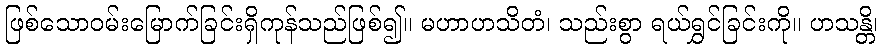
ဖြစ်သောဝမ်းမြောက်ခြင်းရှိကုန်သည်ဖြစ်၍။ မဟာဟသိတံ၊ သည်းစွာ ရယ်ရွှင်ခြင်းကို။ ဟသန္တိ၊